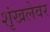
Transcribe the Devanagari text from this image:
शृंखलेवर